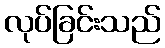
လုပ်ခြင်းသည်